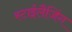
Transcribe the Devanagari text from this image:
स्टाईलैजिंग